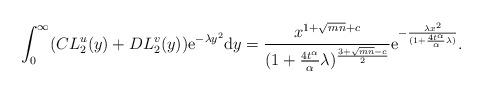
LaTeX: \begin{align*} \int_0^\infty(CL_2^u(y)+DL_2^v(y))\mathrm{e}^{-\lambda y^2}\mathrm{d}y=\frac{x^{1+\sqrt{mn}+c}}{(1+\frac{4t^\alpha}{\alpha}\lambda)^{\frac{3+\sqrt{mn}-c}{2}}}\mathrm{e}^{-\frac{\lambda x^2}{(1+\frac{4t^\alpha}{\alpha}\lambda)}}.\end{align*}